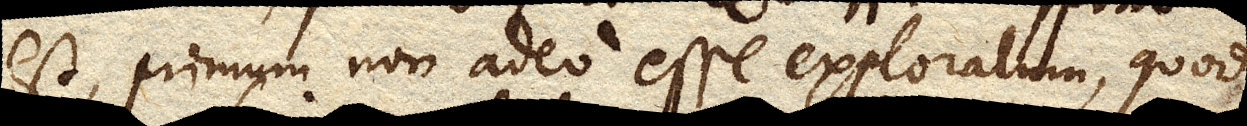
est, primum non adeo esse exploratum, quod